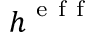
\boldsymbol { h } ^ { \mathrm { ~ e ~ f ~ f ~ } }